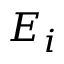
E _ { i }